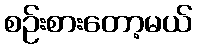
စဉ်းစားတော့မယ်